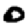
Digit: 0